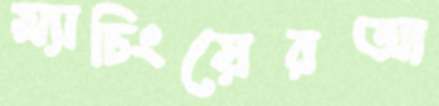
ম্যাচিংয়েরআ